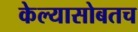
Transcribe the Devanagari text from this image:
केल्यासोबतच